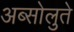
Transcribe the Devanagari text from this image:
अब्सोलुते